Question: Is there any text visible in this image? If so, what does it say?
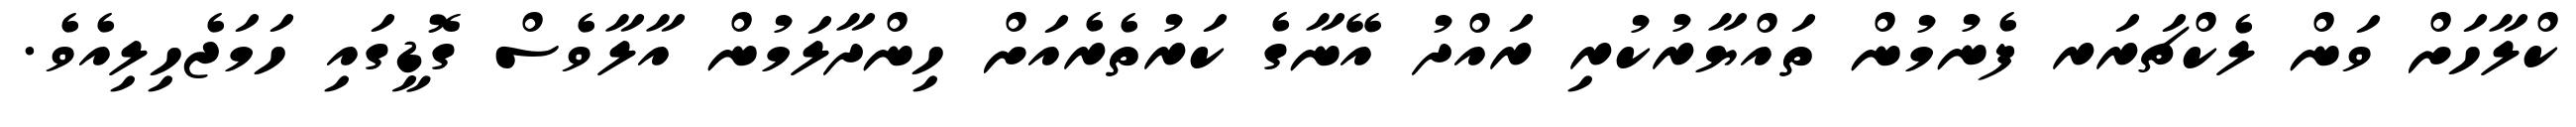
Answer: ކްލާހަށް ވަން ލެކްޗަރަރ ފެނުމުން ތައްޔާރުކުރި ރައްދު އޭނާގެ ކަރުތެރެއަށް ހިންދާލަމުން އާލާވެސް ގޮޑީގައި ހަމަޖެހިލިއެވެ.